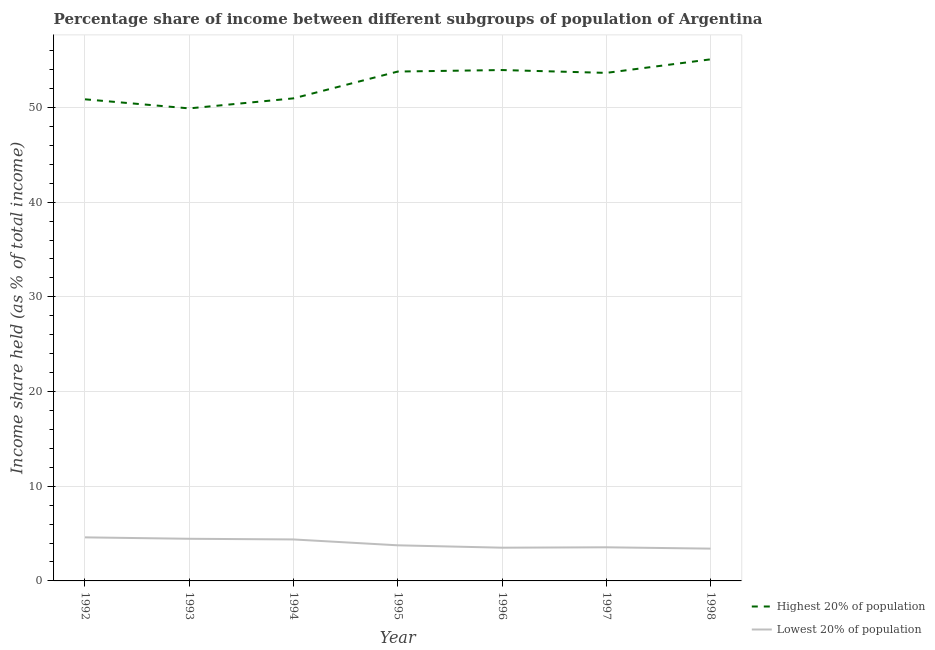
| Year | Highest 20% of population | Lowest 20% of population |
 | --- | --- | --- |
 | 1992 | 50.9 | 4.6 |
 | 1993 | 49.9 | 4.45 |
 | 1994 | 51 | 4.38 |
 | 1995 | 53.8 | 3.76 |
 | 1996 | 54 | 3.51 |
 | 1997 | 53.6 | 3.55 |
 | 1998 | 55.1 | 3.41 |